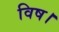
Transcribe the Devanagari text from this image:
विष।